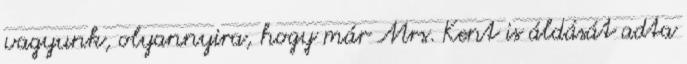
vagyunk, olyannyira, hogy már Mrs. Kent is áldását adta